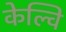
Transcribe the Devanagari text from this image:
केल्वि